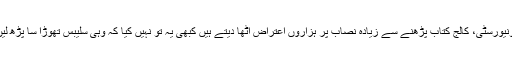
یونیورسٹی، کالج کتاب پڑھنے سے زیادہ نصاب پر ہزاروں اعتراض اٹھا دیتے ہیں کبھی یہ تو نہیں کیا کہ وہی سلیبس تھوڑا سا پڑھ لیں۔